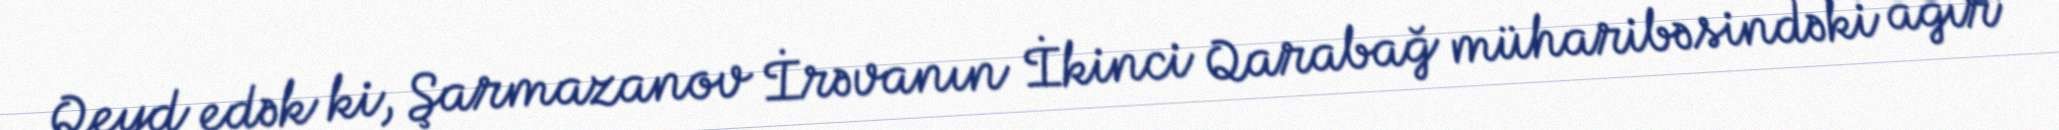
Qeyd edək ki, Şarmazanov İrəvanın İkinci Qarabağ müharibəsindəki ağır